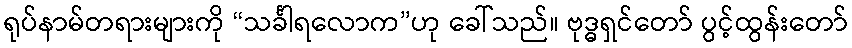
ရုပ်နာမ်တရားများကို “သင်္ခါရလောက”ဟု ခေါ်သည်။ ဗုဒ္ဓရှင်တော် ပွင့်ထွန်းတော်